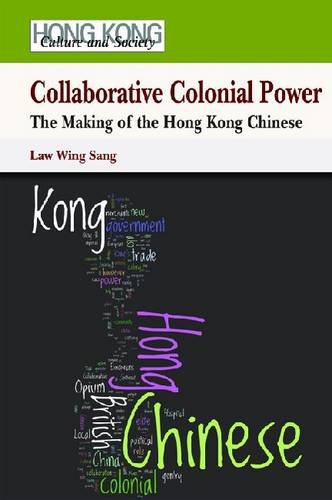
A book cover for Collaborative Colonial Power: The Making of the Hong Kong Chinese (Hong Kong Culture and Society); Wing Law; History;